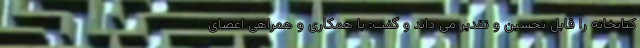
کتابخانه را قابل تحسین و تقدیر می داند و گفت: با همکاری و همراهی اعضای